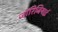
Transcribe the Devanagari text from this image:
जॉरिजियाई